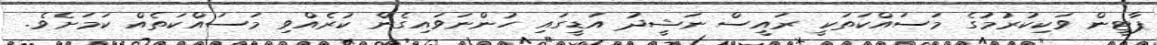
ޕާޓީން ވަކިކުރުމުގެ މަސައްކަތަކީ ރައީސް ނަޝީދު އަޑީގައި ހުންނަވައިގެން ކުރެއްވި މަސައްކަތެއް ކަމަށެވެ.